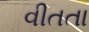
વીતતા